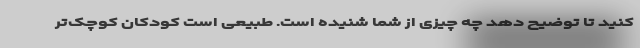
کنید تا توضیح دهد چه چیزی از شما شنیده است. طبیعی است کودکان کوچک‌تر